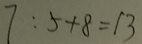
7 : 5 + 8 = 1 3